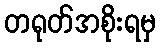
တရုတ်အစိုးရမှ